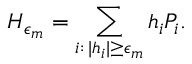
H _ { \epsilon _ { m } } = \sum _ { i : \, | h _ { i } | \geq \epsilon _ { m } } h _ { i } P _ { i } .